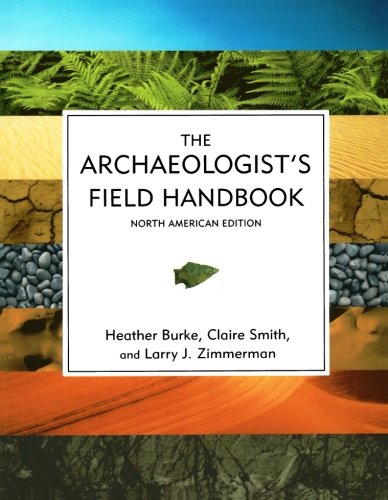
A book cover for The Archaeologist's Field Handbook; Heather Burke; Politics & Social Sciences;